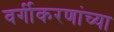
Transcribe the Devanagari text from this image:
वर्गीकरणांच्या